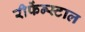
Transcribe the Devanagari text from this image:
रीफेंन्स्टाल